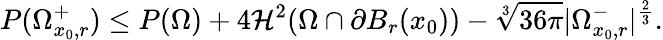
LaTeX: P(\Omega_{x_{0},r}^{+})\leq P(\Omega)+4\mathcal{H}^{2}(\Omega\cap\partial B_{r}(x_{0}))-\sqrt[3]{36\pi}|\Omega_{x_{0},r}^{-}|^{\frac{2}{3}}.